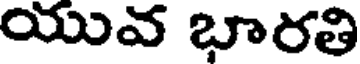
యువ భారతి